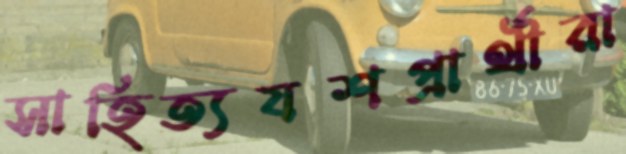
সাহিত্যযশপ্রার্থীরা